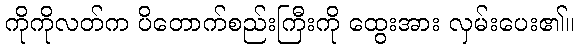
ကိုကိုလတ်က ပိတောက်စည်းကြီးကို ထွေးအား လှမ်းပေး၏။